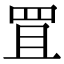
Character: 罝